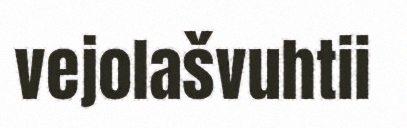
vejolašvuhtii